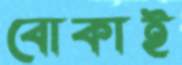
বোকাই